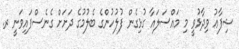
ޝިފާޢު ވިދާޅުވީ މި މައްސަލައާ ގުޅިގެން ފުލުހުންގެ ބެލުމުގެ ދަށަށް ގެނެސްފައިވަނީ ރ.